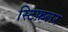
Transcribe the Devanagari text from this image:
स्टिफ़लर